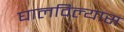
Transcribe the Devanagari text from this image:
घालविल्यास